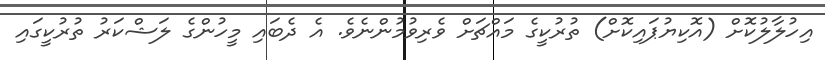
އިހުލާލުކޮށް (އޮކިޔުޕައިކޮށް) ތުރުކީގެ މައްޗަށް ވެރިވުމުންނެވެ. އެ ދެބައި މީހުންގެ ލަޝްކަރު ތުރުކީގައި